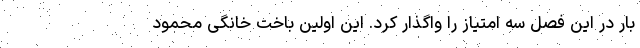
بار در این فصل سه امتیاز را واگذار کرد. این اولین باخت خانگی محمود